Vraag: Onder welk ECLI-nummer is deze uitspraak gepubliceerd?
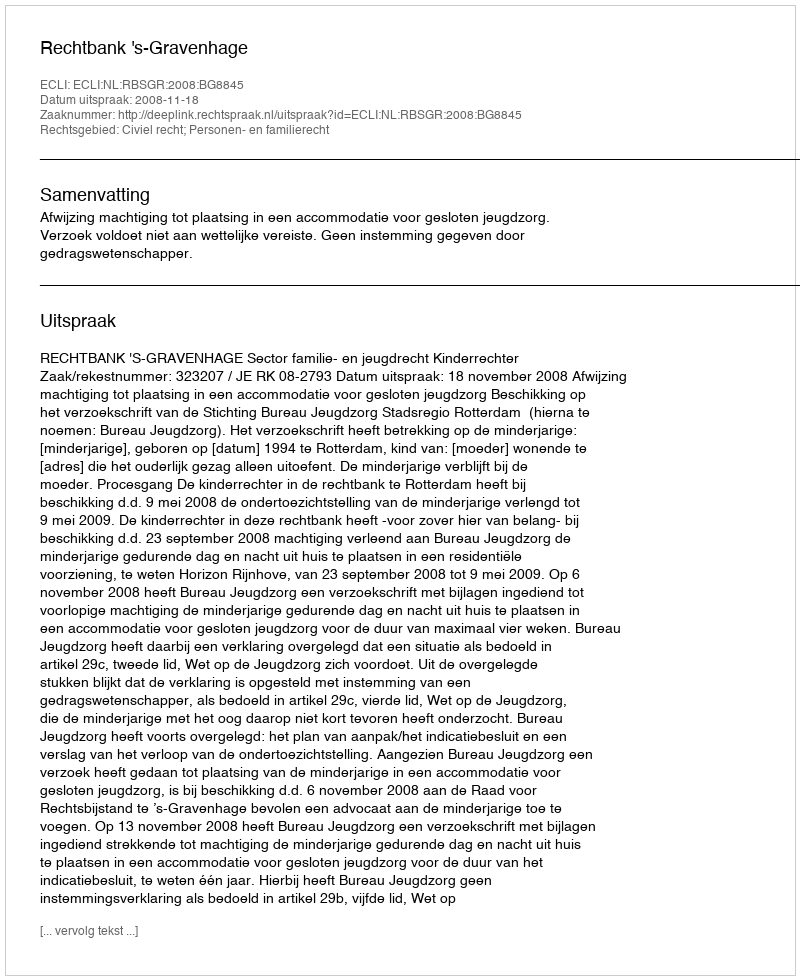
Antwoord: ECLI:NL:RBSGR:2008:BG8845